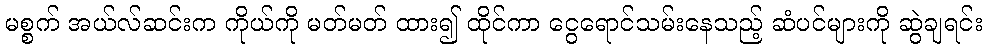
မစ္စက် အယ်လ်ဆင်းက ကိုယ်ကို မတ်မတ် ထား၍ ထိုင်ကာ ငွေရောင်သမ်းနေသည့် ဆံပင်များကို ဆွဲချရင်း